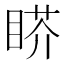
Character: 𰥬